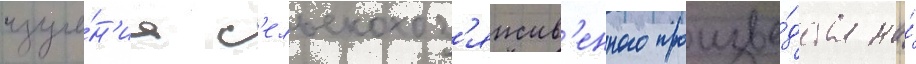
изуче́н'иа с'ельскохоз'яиств'енного произво́дства на́